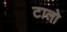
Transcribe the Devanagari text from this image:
टातो